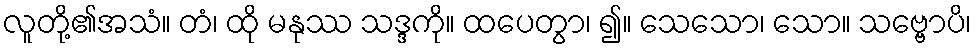
လူတို့၏အသံ။ တံ၊ ထို မနုဿ သဒ္ဒကို။ ထပေတွာ၊ ၍။ သေသော၊ သော။ သဗ္ဗောပိ၊